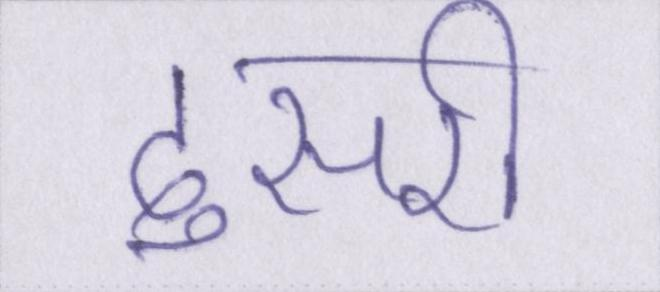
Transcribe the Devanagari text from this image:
दुसरी